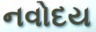
નવોદય